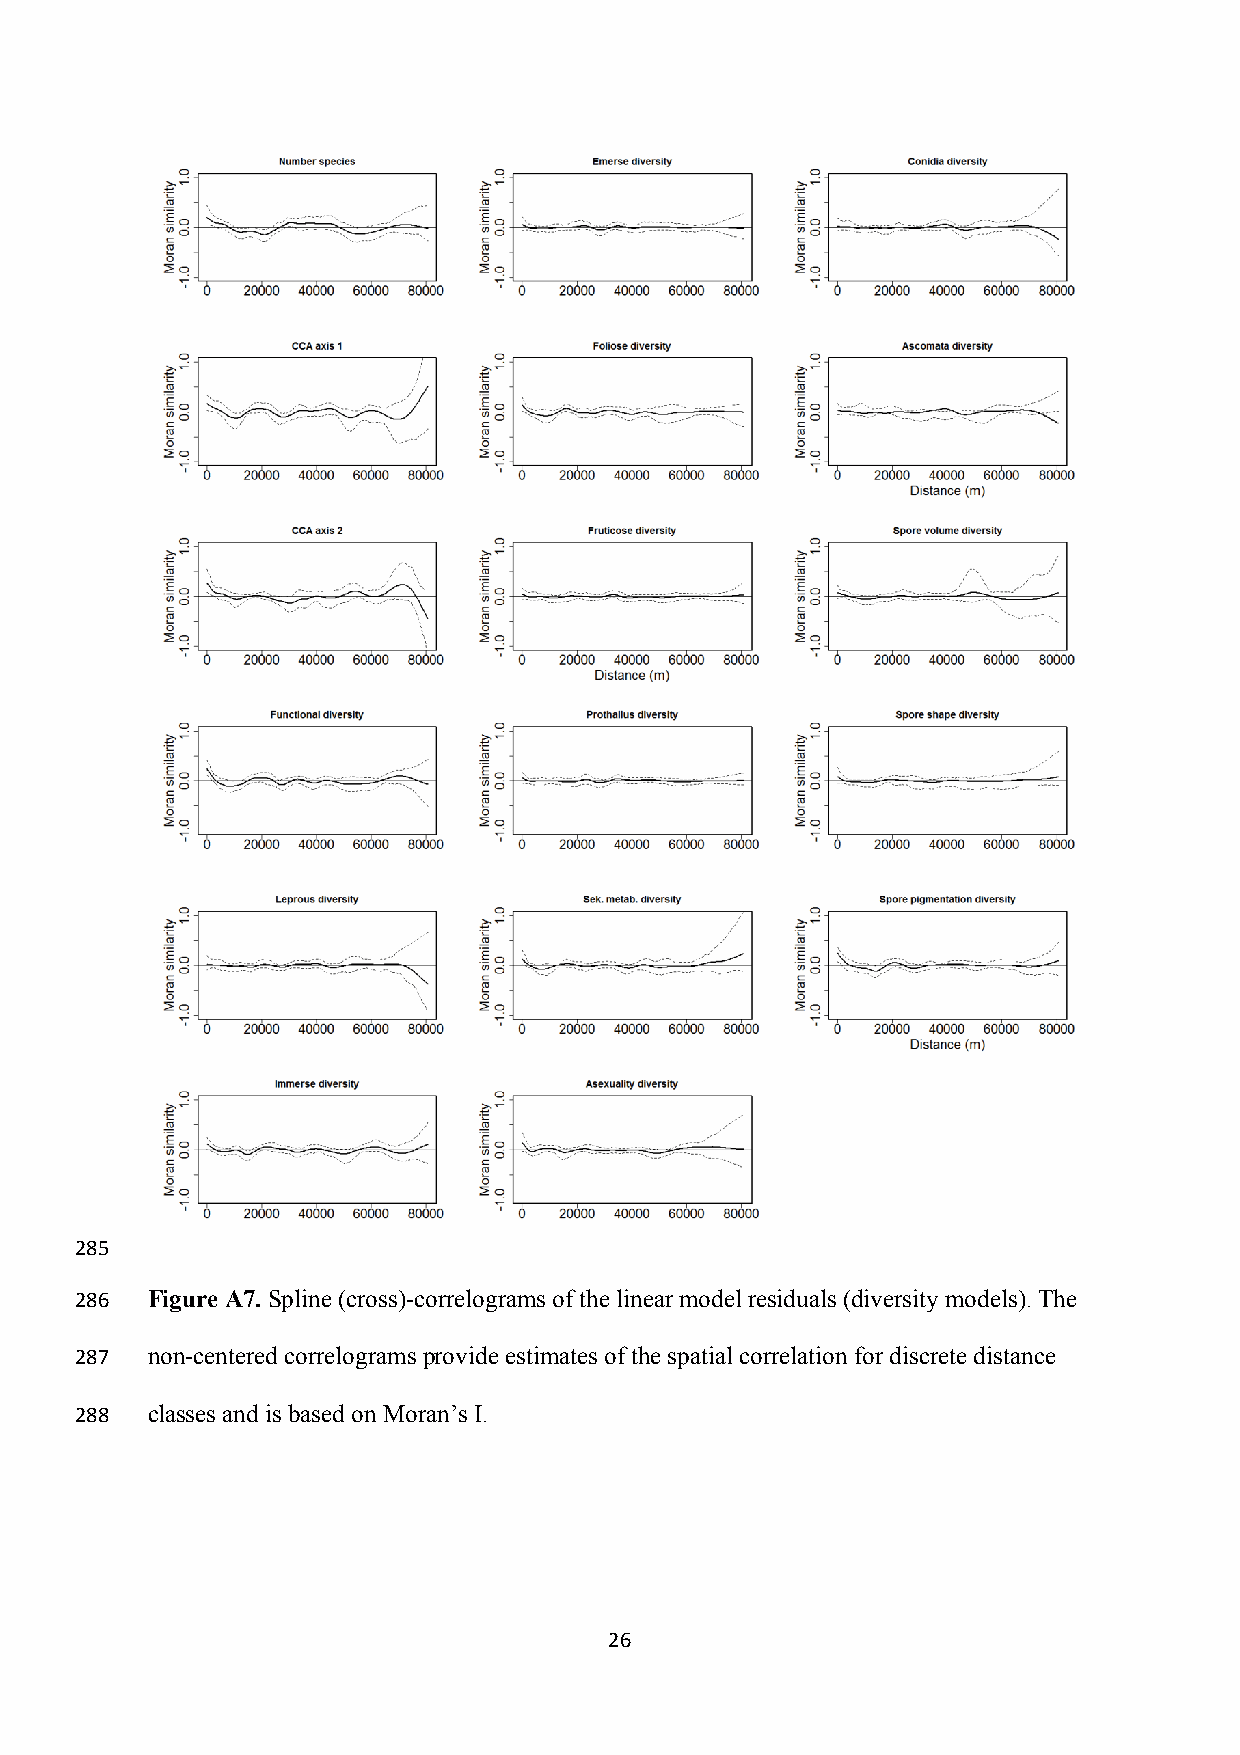
285
 286  Figure A7. Spline (cross)-correlograms of the linear model residuals (diversity models). The
 287  non-centered correlograms provide estimates of the spatial correlation for discrete distance
 288  classes and is based on Moran’s I.
 26